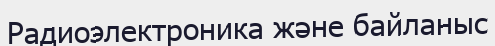
Радиоэлектроника және байланыс